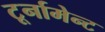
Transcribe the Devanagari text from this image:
टूर्नामेन्‍ट